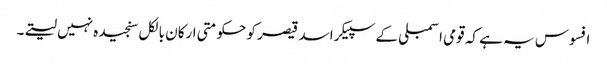
افسوس یہ ہے کہ قومی اسمبلی کے سپیکر اسد قیصر کو حکومتی ارکان بالکل سنجیدہ نہیں لیتے۔